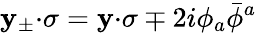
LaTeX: \mathbf{y}_{\pm}{\cdot\sigma}=\mathbf{y}{\cdot\sigma}\mp2i\phi_{a}\bar{{\phi}}{}^{a}